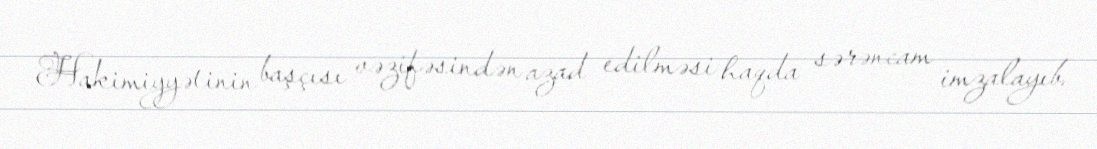
Hakimiyyətinin başçısı vəzifəsindən azad edilməsi haqda sərəncam imzalayıb.